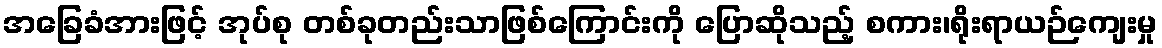
အခြေခံအားဖြင့် အုပ်စု တစ်ခုတည်းသာဖြစ်ကြောင်းကို ပြောဆိုသည့် စကား၊ရိုးရာယဉ်ကျေးမှု